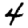
Digit: 4